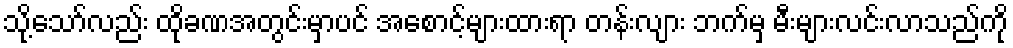
သို့သော်လည်း ထိုခဏအတွင်းမှာပင် အစောင့်များထားရာ တန်းလျား ဘက်မှ မီးများလင်းလာသည်ကို